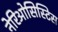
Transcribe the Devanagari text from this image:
नेरिओसिस्टिस